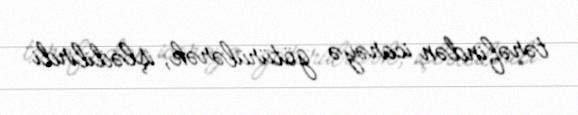
tərəfindən icarəyə götürülərək, işlədilirdi.